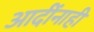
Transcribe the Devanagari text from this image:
आदींनाही